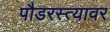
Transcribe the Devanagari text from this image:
पौडरस्त्यावर